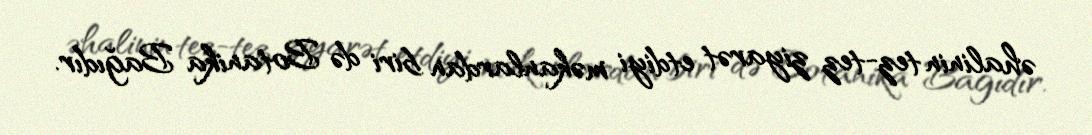
əhalinin tez-tez ziyarət etdiyi məkanlardan biri də Botanika Bağıdır.